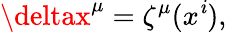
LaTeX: \deltax^{\mu}=\zeta^{\mu}(x^{\mathit{i}}),